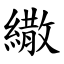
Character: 繖